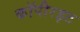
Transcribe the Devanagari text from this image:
कॉपीरइट